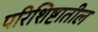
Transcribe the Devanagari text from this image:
परिशिष्टातील